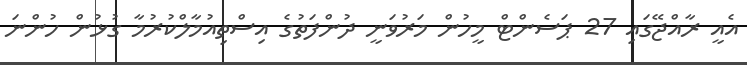
އެއީ ރާއްޖޭގައި 27 ޕަސެންޓް މީހުން މަރުވަނީ ދުންފަތުގެ އިސްތިއުމާލްކުރުމާ ގުޅުން ހުންނަ